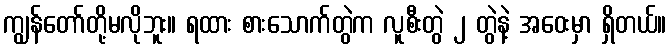
ကျွန်တော်တို့မလိုဘူး။ ရထား စားသောက်တွဲက လူစီးတွဲ ၂ တွဲနဲ့ အဝေးမှာ ရှိတယ်။